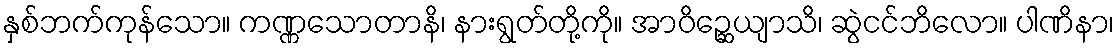
နှစ်ဘက်ကုန်သော။ ကဏ္ဏသောတာနိ၊ နားရွတ်တို့ကို။ အာဝိဉ္ဆေယျာသိ၊ ဆွဲငင်ဘိလော။ ပါဏိနာ၊